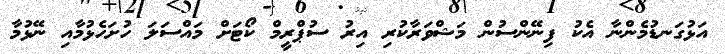
އަޅުގަނޑުމެންނާ އެކު ފިނޭންސުން މަޝްވަރާކުރި އިރު ސުޕްރީމް ކޯޓަށް މައްސަލަ ހުށަހެޅުމާއި ނޭޅުމާ